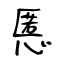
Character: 慝